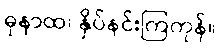
ဓုနာထ၊ နှိပ်နင်းကြကုန်။